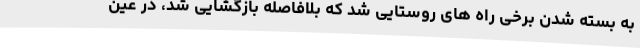
به بسته شدن برخی راه های روستایی شد که بلافاصله بازگشایی شد، در عین